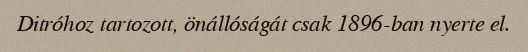
Ditróhoz tartozott, önállóságát csak 1896-ban nyerte el.